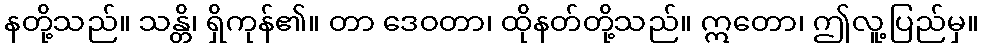
နတို့သည်။ သန္တိ၊ ရှိကုန်၏။ တာ ဒေဝတာ၊ ထိုနတ်တို့သည်။ ဣတော၊ ဤလူ့ပြည်မှ။